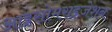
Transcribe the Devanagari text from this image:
आइसोमराइज़ेशन